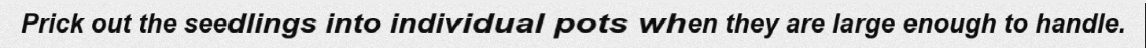
Prick out the seedlings into individual pots when they are large enough to handle.